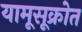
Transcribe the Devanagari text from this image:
यामूसूक्रोत